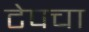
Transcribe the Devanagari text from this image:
टेपचा